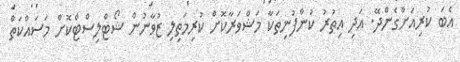
އެބަ ކުރިއަށްގެންދޭ. އަދި އިތުރު ކުންފުނިތަކާ މަޝްވަރާކޮށް ކުރިމަތިލި ޒުވާނުން ޝޯޓްލިސްޓްކޮށް މަސައްކަތް